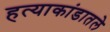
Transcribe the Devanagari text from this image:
हत्याकांडातले